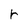
Character: r